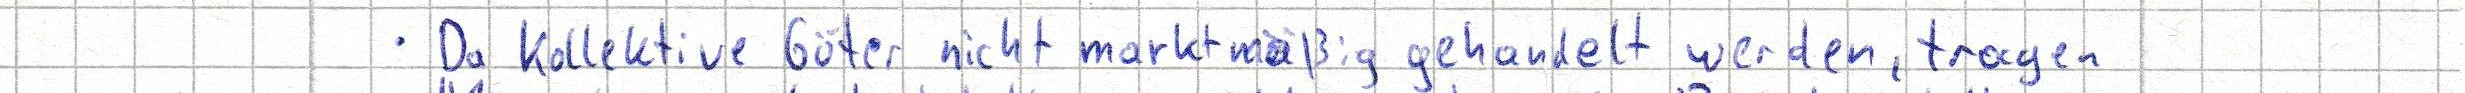
- Da Kollektive Güter nicht marktmäßig gehandelt werden, tragen